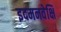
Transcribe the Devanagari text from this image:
इदमनवेक्षि